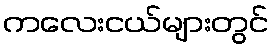
ကလေးငယ်များတွင်